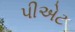
પીએટ